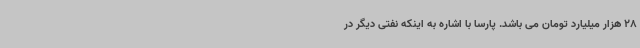
28 هزار میلیارد تومان می باشد. پارسا با اشاره به اینکه نفتی دیگر در